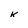
Character: k